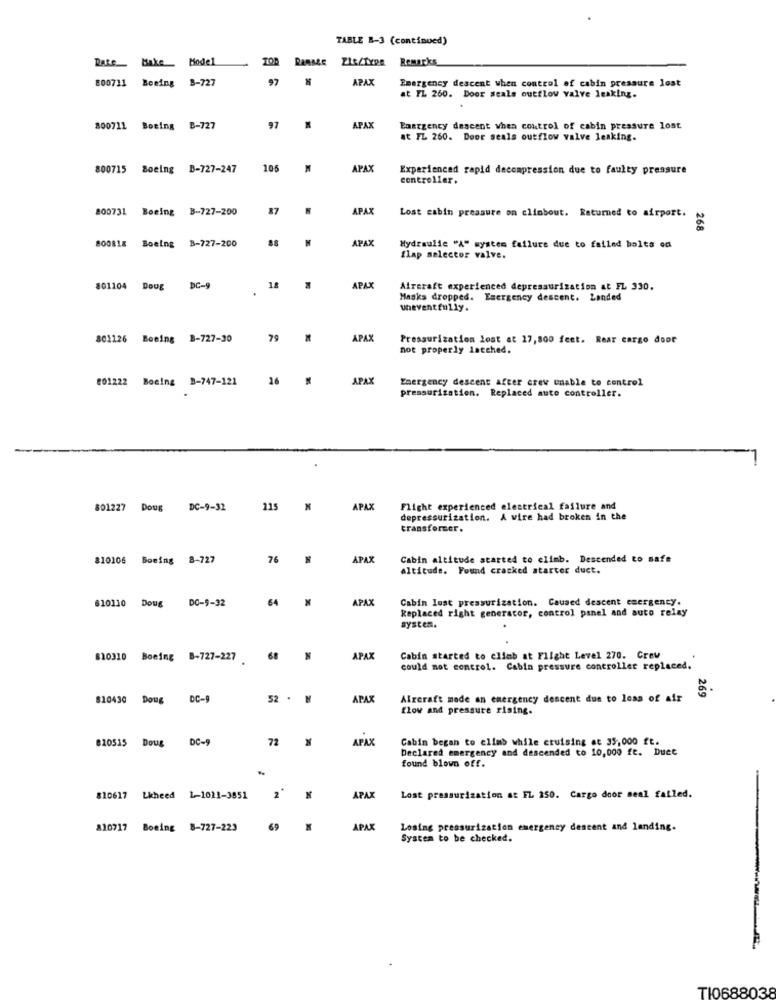
TABLE B-3 (continued)
Bake Model
Remarks
Date
800711
Boeing B-727
97
APAX
Emergency descent when control of cabin pressure lost
at FL 260. Door seals outflow valve leaking.
APAX
800711 Boeing B-727
97
Emergency descent when control of cabin pressure lost
at FL 260. Door seals outflow valve leaking.
800715 Boeing B-727-247
105
APAX
Experienced rapid decompression due to faulty pressure
controller.
800731
Boeing B-727-200
87
APAX
Lost cabin pressure on climbout. Returned to airport.
268
APAX
800818 Boeing B-727-200
Hydraulic "A" system failure due to failed bolts on
flap selector valve.
801104 Doug
DC-9
18
APAX
Aireraft experienced depressurization at FL 330.
Masks dropped. Esergency descent. Landed
Uevent fully.
801126 Boeing B-727-30
79
APAX
Pressurization lost at 17,800 feet. Rear cargo door
not properly latched.
801222 Boeing 3-747-121
26
APAX
Emergency descent after crew unable to control
pressurization. Replaced aute controller.
7 Doug
DC-9-32
215
APAX
Flight experienced electrical failure and
depressurization. A wire had broken in the
transformer.
810106 Boeing 8-727
76
APAX
Cabin altitude started to climb. Descended to safe
altitude. Found cracked starter duct.
64
APAX
Cabin Iost pressurization. Caused descent emergency.
810110 Doug DC-5-32
Replaced right generator, control panel and auto relay
system.
820310 Boeing B-727-227
68
N
APAX
Cabin started to climb at Flight Level 270. Crew
could not control. Cabin pressure controller replaced.
269
810430 Doug DC-9
52 . M
APAX
Alreraft made an emergency descent due to loas of air
flow and pressure rising.
DC-9
72
N
APAX
Cabin began to climb while cruising at 35,000 ft.
810515 Doug
Declared emergency and descended to 10,000 fe. Duet
found blown off.
810617 Lkheed 1-1011-3851
2"
APAX
Lost pressurization at FL 250. Cargo door meal failed.
810717 Boeing 8-727-223
69
APAX
Losing pressurization emergency descent and landing.
System to be checked.
TI0688038